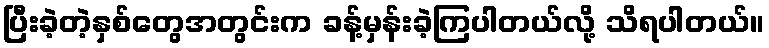
ပြီးခဲ့တဲ့နှစ်တွေအတွင်းက ခန့်မှန်းခဲ့ကြပါတယ်လို့ သိရပါတယ်။